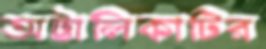
অট্টালিকাটির